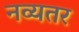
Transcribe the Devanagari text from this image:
नव्यतर